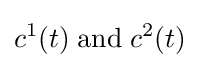
c^{1}(t)\;{\mbox{and}}\;c^{2}(t)